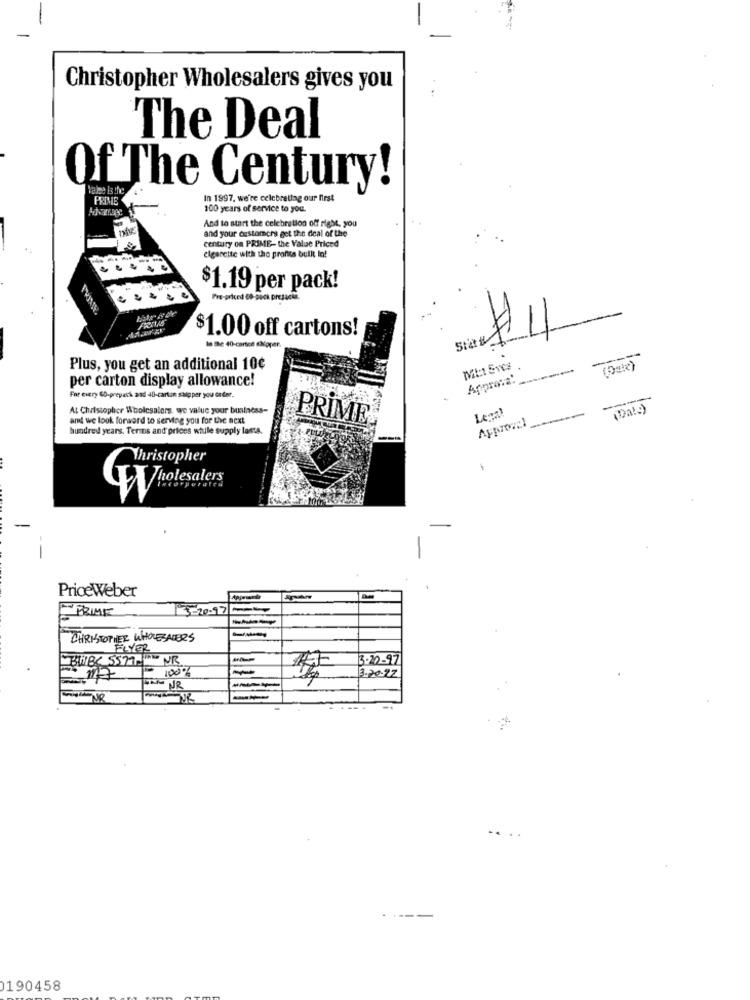
Christopher Wholesalers gives you
The Deal
Of The Century!
Vale Is the
PRIME
In 1997. we're celebrating our first
Advantage
100 years of service to you.
And to start the celebration off right, you
and your customers get the deal of the
century on PRIME- the Value Priced
cigarette with the pronts bullt lo!
$1.19 per pack!
Fre-priced 08-pick presacus.
$1.00 off cartons!
Statt
Is the 40-cartce akoper.
Plus, you get an additional 10¢
Mi:1 Svcs
per carton display allowance!
Approva'
For every 60-prepack and 40-carton salgper you da der.
At Christopher Wholesalers, we value your business-
(Data)
and we look forward to serving you for the next
PRIM
Approval
hundred years. Terms and prices while supply lasts.
Wristopher
incorporated
-
PriceWeber
PRIME
3-20-97
CHRISTOPHER WHOLESALERS
FLYER
BBC 5577 UM
3-20-97
100%
3.20.27
-
-.
0190458